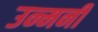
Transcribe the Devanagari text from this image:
उन्मनीं